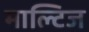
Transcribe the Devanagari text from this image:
माल्टिज